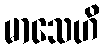
မာသေဟိ